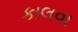
કાલવા